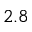
2 . 8